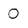
Character: 0